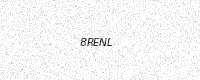
Text: 8RENL